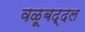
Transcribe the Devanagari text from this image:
वळूबद्दल